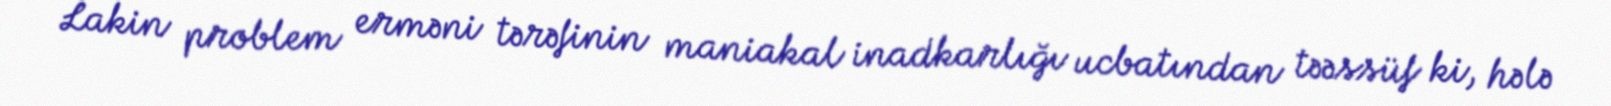
Lakin problem erməni tərəfinin maniakal inadkarlığı ucbatından təəssüf ki, hələ